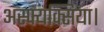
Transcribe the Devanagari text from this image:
अस्फ्यक्सिया।